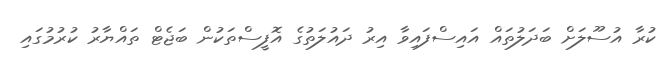
ކުރާ އުސޫލަށް ބަދަލުތައް އައިސްފައިވާ އިރު ދައުލަތުގެ އޮފީސްތަކުން ބަޖެޓް ތައްޔާރު ކުރުމުގައި